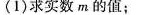
(1)求实数m的值；